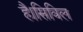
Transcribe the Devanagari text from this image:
है।सिविल